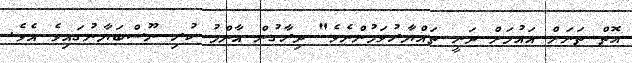
އޮތް ތަނަށް އައުމަށް ދަނީ ތައްޔާރުވަމުންނެވެ" ދިރާގުން އާންމު ކުރި ނޫސްބަޔާނުގައިވެ އެވެ.